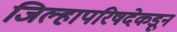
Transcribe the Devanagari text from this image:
जिल्हापरिषदेकडून